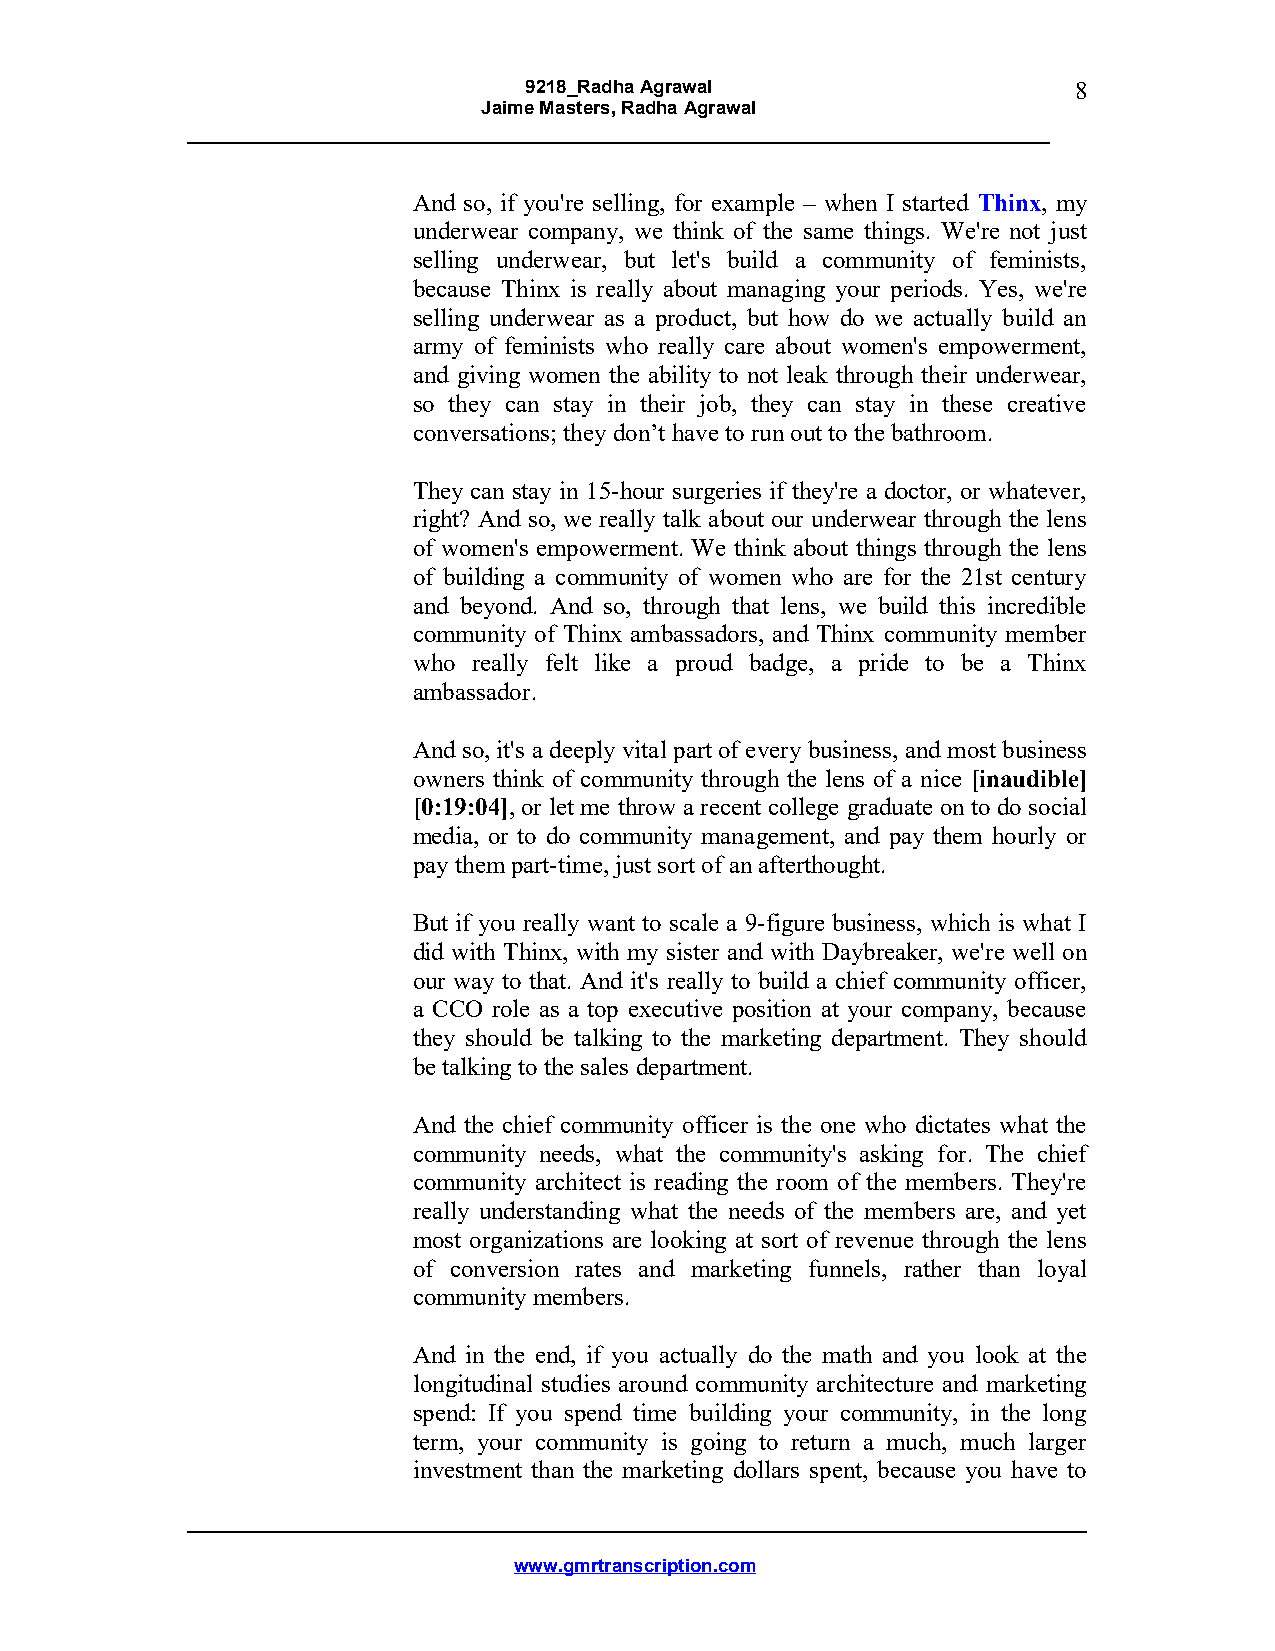
9218_Radha Agrawal                  8
 Jaime Masters, Radha Agrawal
 And so, if you're selling, for example – when I started Thinx, my
 underwear company, we think of the same things. We're not just
 selling underwear, but let's build a community of feminists,
 because Thinx is really about managing your periods. Yes, we're
 selling underwear as a product, but how do we actually build an
 army of feminists who really care about women's empowerment,
 and giving women the ability to not leak through their underwear,
 so they can stay in their job, they can stay in these creative
 conversations; they don’t have to run out to the bathroom.
 They can stay in 15-hour surgeries if they're a doctor, or whatever,
 right? And so, we really talk about our underwear through the lens
 of women's empowerment. We think about things through the lens
 of building a community of women who are for the 21st century
 and beyond. And so, through that lens, we build this incredible
 community of Thinx ambassadors, and Thinx community member
 who really felt like a proud badge, a pride to be a Thinx
 ambassador.
 And so, it's a deeply vital part of every business, and most business
 owners think of community through the lens of a nice [inaudible]
 [0:19:04], or let me throw a recent college graduate on to do social
 media, or to do community management, and pay them hourly or
 pay them part-time, just sort of an afterthought.
 But if you really want to scale a 9-figure business, which is what I
 did with Thinx, with my sister and with Daybreaker, we're well on
 our way to that. And it's really to build a chief community officer,
 a CCO role as a top executive position at your company, because
 they should be talking to the marketing department. They should
 be talking to the sales department.
 And the chief community officer is the one who dictates what the
 community needs, what the community's asking for. The chief
 community architect is reading the room of the members. They're
 really understanding what the needs of the members are, and yet
 most organizations are looking at sort of revenue through the lens
 of conversion rates and marketing funnels, rather than loyal
 community members.
 And in the end, if you actually do the math and you look at the
 longitudinal studies around community architecture and marketing
 spend: If you spend time building your community, in the long
 term, your community is going to return a much, much larger
 investment than the marketing dollars spent, because you have to
 www.gmrtranscription.com